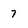
Character: 7